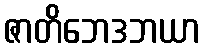
ဇာတိဘေဒဘယာ